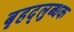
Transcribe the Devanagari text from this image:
बृहद्‌लुब्धक